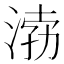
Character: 𱧉